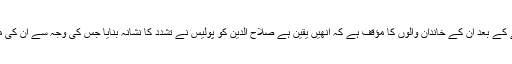
یہ سب دیکھنے کے بعد ان کے خاندان والوں کا مؤقف ہے کہ انھیں یقین ہے صلاح الدین کو پولیس نے تشدد کا نشانہ بنایا جس کی وجہ سے ان کی موت واقع ہوئی۔